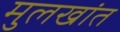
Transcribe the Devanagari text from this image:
मुलखांत